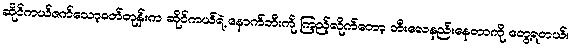
ဆိုင်ကယ်ဇက်သော့ခတ်တုန်းက ဆိုင်ကယ်ရဲ့ နောက်ဘီးကို ကြည့်လိုက်တော့ ဘီးလေနည်းနေတာကို တွေ့ရတယ်။